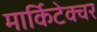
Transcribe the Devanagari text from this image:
मार्किटेक्चर